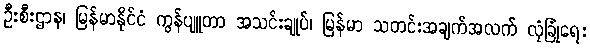
ဦးစီးဌာန၊ မြန်မာနိုင်ငံ ကွန်ပျူတာ အသင်းချုပ်၊ မြန်မာ သတင်းအချက်အလက် လုံခြုံရေး